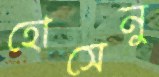
হোসেনু